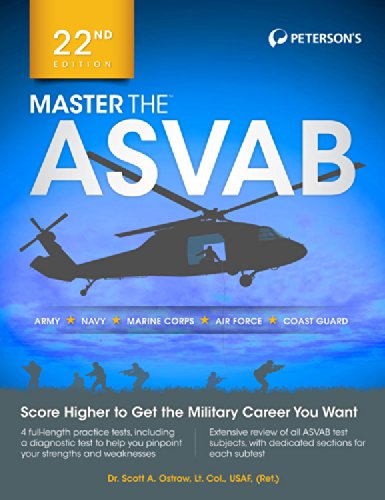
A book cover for Master the ASVAB (Master the Asvab (Book Only)); Scott A. Ostrow; Test Preparation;